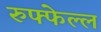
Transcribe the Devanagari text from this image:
रुफ्फेल्ल